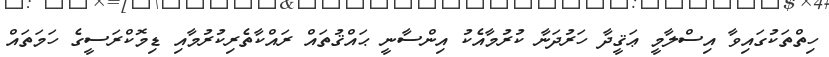
ހިތްތަކުގައިވާ އިސްލާމީ ޢަޤީދާ ހަރުދަނާ ކުރުމާއެކު އިންސާނީ ޙައްޤުތައް ރައްކާތެރިކުރުމާއި ޑިމޮކްރަސީގެ ހަމަތައް